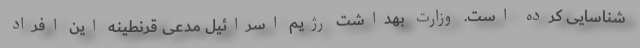
شناسایی کرده است. وزارت بهداشت رژیم اسرائیل مدعی قرنطینه این افراد